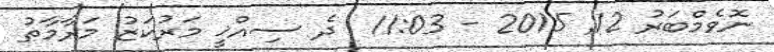
ނޮވެމްބަރު 12